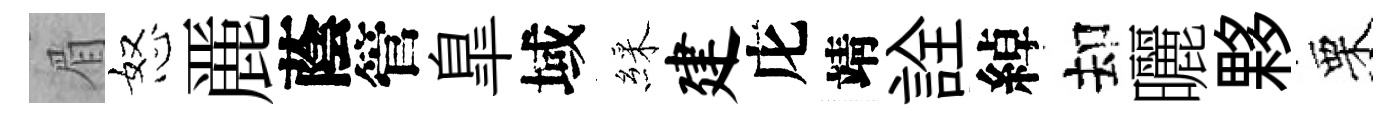
眉怒䴡蔭管臯域綵建庀靖詮綽却曬夥栗